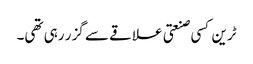
ٹرین کسی صنعتی علاقے سے گزر رہی تھی۔